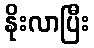
နိုးလာပြီး